Vaccination report Assam 1896-1927 - 1896-1927
Year: 1896
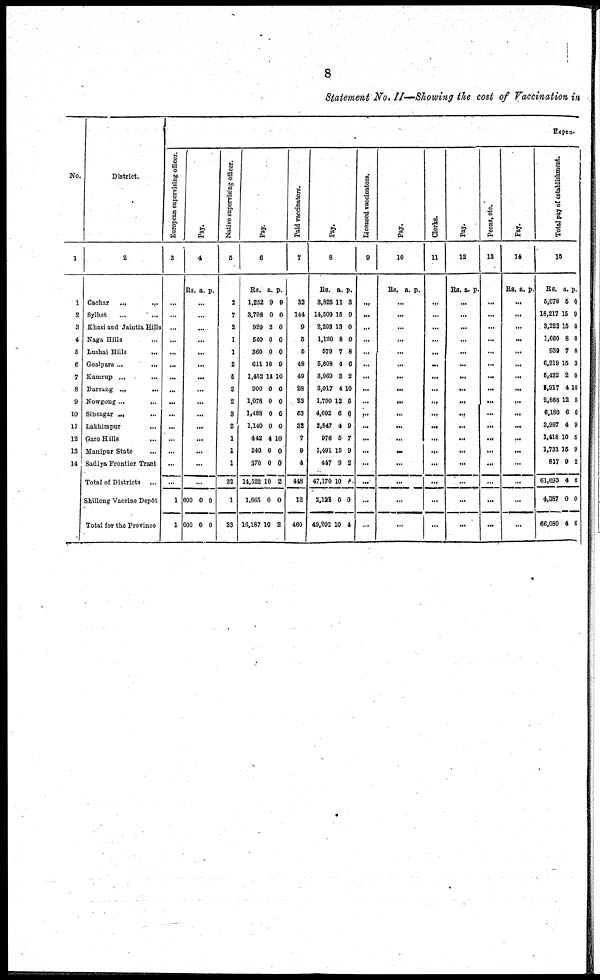
8
Statement No. II—Showing the cost of Vaccination in
No.
1
1
2
3
4
5
6
7
8
9
10
11
12
13
14
District.
2
Cachar
...
...
Sylhet
... ...
Khasi and Jaintia Hills
Naga Hills ...
Lushai Hills
...
Goalpara ...
...
Kamrup ...
...
Darrang ...
...
Nowgong...
...
Sibsagar ...
...
Lakhimpur
...
Garo Hills ...
Manipur State
...
Sadiya Frontier Tract
Total of Districts ...
Shillong Vaccine Depôt
Total for the Province
Expen-
European supervising officer.
3
...
...
...
...
...
...
...
...
...
...
...
...
...
...
...
1
1
Pay.
4
Rs. a. p.
...
...
...
...
...
...
...
...
...
...
...
...
...
...
...
600
600
0
0
0
0
Native supervising officer.
5
2
7
2
1
1
2
5
2
2
3
2
1
1
1
32
1
33
Pay.
6
Rs.
1,252
3,708
920
640
360
611
1,462
900
1,078
1,488
1,140
442
240
370
14,522
1,665
16,187
a.
9
0
2
0
0
10
14
0
0
0
0
4
0
0
10
0
10
p.
9
0
0
0
0
9
10
0
0
0
0
10
0
0
2
0
2
Paid vaccinators.
7
32
144
9
5
5
48
49
28
23
53
32
7
9
4
448
12
460
Pay.
8
Rs.
3,825
14,609
2,293
1,120
579
5,608
3,969
3,017
1,700
4,692
2,847
976
1,491
447
47,170
2,123
49,292
a.
11
15
13
8
7
4
3
4
12
6
4
5
15
9
10
0
10
p.
3
9
0
0
8
6
2
10
5
6
9
7
9
2
4
0
4
Licensed vaccinators.
9
...
...
...
...
...
...
...
...
...
...
...
...
...
...
...
...
...
Pay.
10
Rs. a. p.
...
...
...
...
...
...
...
...
...
...
...
...
...
...
...
...
...
Clerks.
11
...
...
...
...
...
...
...
...
...
...
...
...
...
...
...
...
...
Pay.
12
Rs. a. p.
...
...
...
...
...
...
...
...
...
...
...
...
...
...
...
...
...
Peons, etc.
13
...
...
...
...
...
...
...
...
...
...
...
...
...
...
...
...
...
Pay.
14
Rs. a. p.
...
...
...
...
...
...
...
...
...
...
...
...
...
...
...
...
...
Total pay of establishment.
15
Rs.
5,078
18,217
3,222
1,660
939
6,219
5,432
3,917
2,868
6,180
3,987
1,418
1,731
817
61,693
4,387
66,080
a.
5
15
15
8
7
15
2
4
12
6
4
10
15
9
4
0
4
p.
0
9
0
0
8
3
0
10
5
6
9
6
9
2
6
0
6